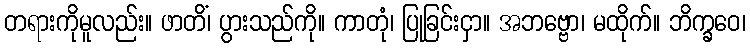
တရားကိုမူလည်း။ ဖာတိံ၊ ပွားသည်ကို။ ကာတုံ၊ ပြုခြင်းငှာ။ အဘဗ္ဗော၊ မထိုက်။ ဘိက္ခဝေ၊